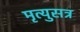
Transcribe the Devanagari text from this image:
मृत्युसत्र